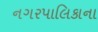
નગરપાલિકાના